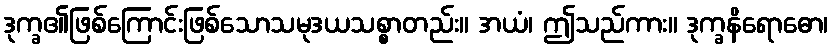
ဒုက္ခ၏ဖြစ်ကြောင်းဖြစ်သောသမုဒယသစ္စာတည်း။ အယံ၊ ဤသည်ကား။ ဒုက္ခနိရောဓော၊